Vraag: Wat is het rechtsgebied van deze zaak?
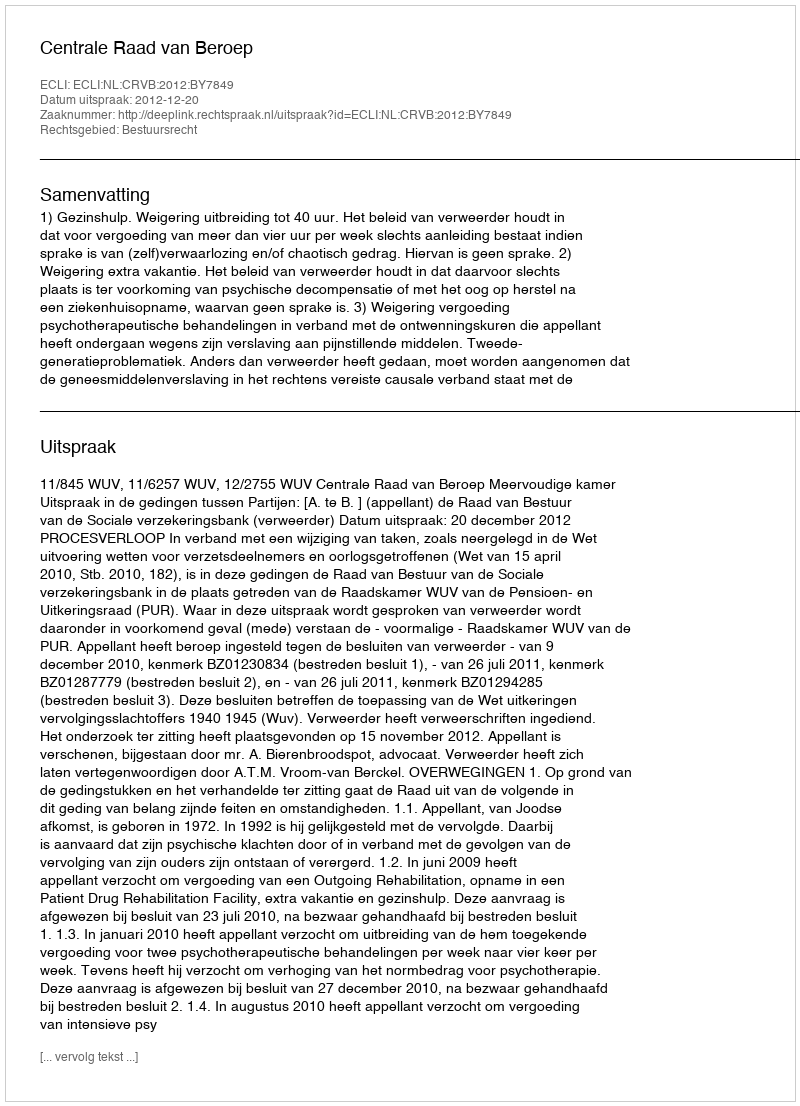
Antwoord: Bestuursrecht